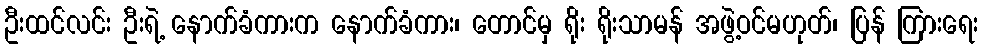
ဦးထင်လင်း ဦးရဲ့ နောက်ခံကားက နောက်ခံကား၊ တောင်မှ ရိုး ရိုးသာမန် အဖွဲ့ဝင်မဟုတ်၊ ပြန် ကြားရေး